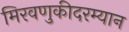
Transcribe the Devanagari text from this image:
मिरवणुकीदरम्यान